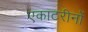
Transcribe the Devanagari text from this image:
एकाटरीनों